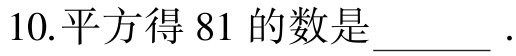
10.平方得 81 的数是________ .